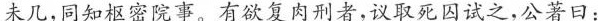
未几，同知枢密院事。有欲复肉刑者，议取死囚试之，公著曰：